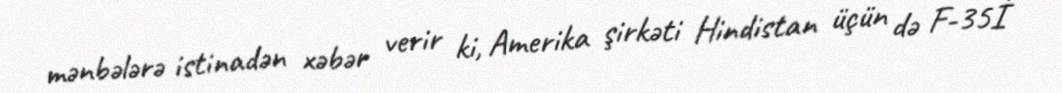
mənbələrə istinadən xəbər verir ki, Amerika şirkəti Hindistan üçün də F-35İ